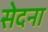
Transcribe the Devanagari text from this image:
सेदना